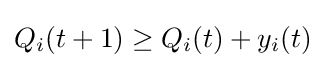
Q_{i}(t+1)\geq Q_{i}(t)+y_{i}(t)